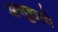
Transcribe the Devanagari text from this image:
असूद्यावे